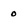
Character: 0